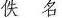
佚名